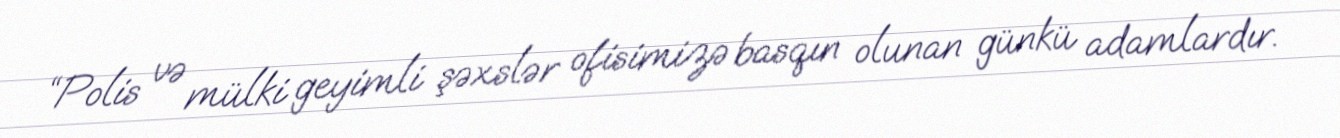
“Polis və mülki geyimli şəxslər ofisimizə basqın olunan günkü adamlardır.